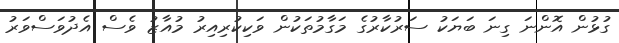
ގުޅުން އޮންނަ ގިނަ ބަޔަކު ސަރުކާރުގެ މަގާމުތަކުން ވަކިކުރިއިރު މުއާޒު ވެސް އެދުވަސްވަރު